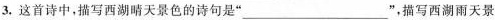
3.这首诗中，描写西湖晴天景色的诗句是“___”，描写西湖雨天景